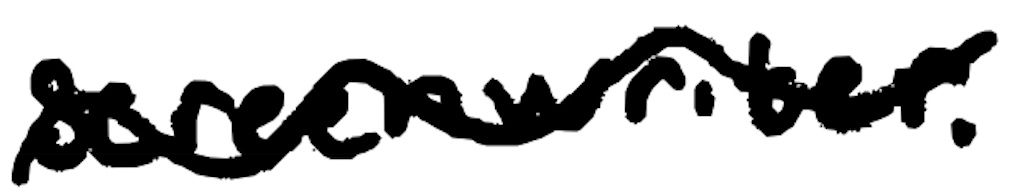
Text: screenwriter".
Cross-out: wave
Writing tool: digital_black